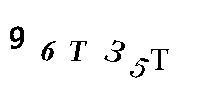
96T35T